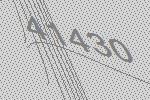
41430